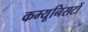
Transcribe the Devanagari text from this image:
कम्यूनिसटों